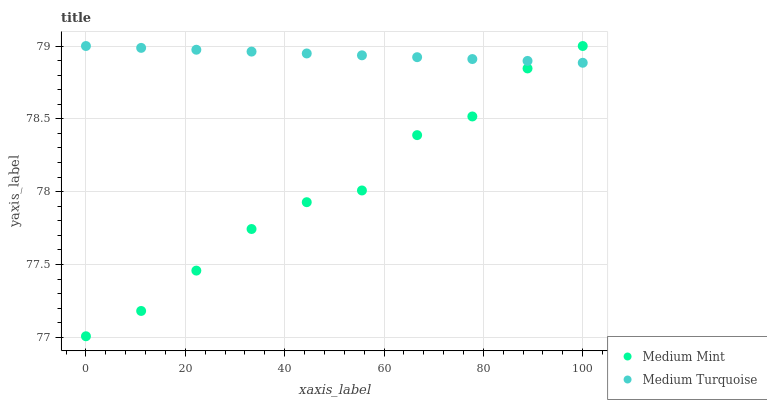
| xaxis_label | Medium Mint | Medium Turquoise |
 | --- | --- | --- |
 | 0 | 77 | 79 |
 | 11.1 | 77.2 | 79 |
 | 22.2 | 77.5 | 79 |
 | 33.3 | 77.7 | 79 |
 | 44.4 | 77.9 | 78.9 |
 | 55.6 | 78 | 78.9 |
 | 66.7 | 78.4 | 78.9 |
 | 77.8 | 78.5 | 78.9 |
 | 88.9 | 78.8 | 78.9 |
 | 100 | 79 | 78.9 |